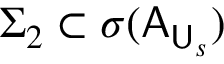
\Sigma _ { 2 } \subset \sigma ( \mathsf { A } _ { \mathsf { U } _ { s } } )